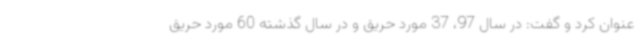
عنوان کرد و گفت: در سال 97، 37 مورد حریق و در سال گذشته 60 مورد حریق